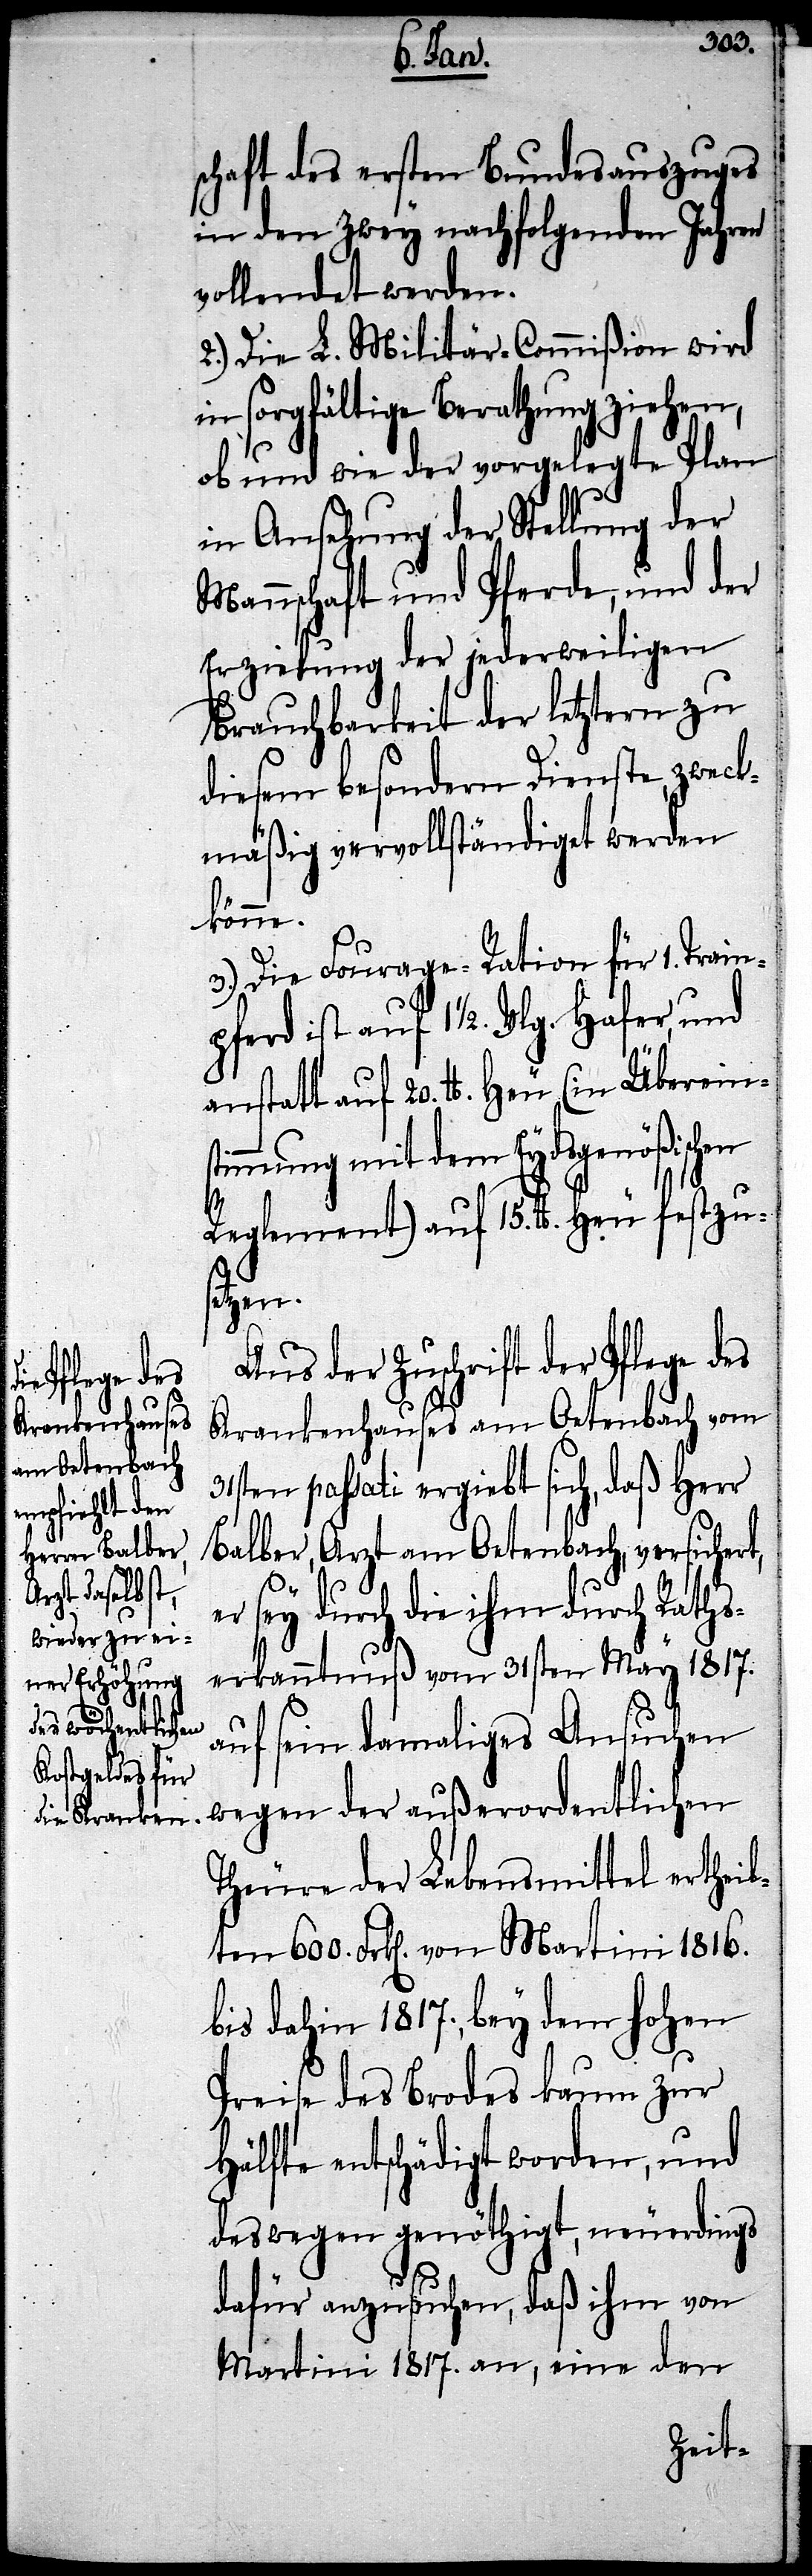
schaft des ersten Bundesausges
in den Zwey nachfolgenden Jahren
vollendet werden.
2.) Die L. Militär-Commißion wird
in sorgfältige Berathung ziehen,
ob und wie der vorgelegte Plan
in Ansehung der Stellung der
Mannschaft und Pferde, und der
Erziehung der jederweiligen
Brauchbarkeit der letztern zu
diesem besondern Dienste, zweck¬
mäßig vervollständiget werde
könne.
3.) Die Fourage-Ration für 1. Train¬
pferd ist auf 1 ½. Vlg. Hafer, und
anstatt auf 20. lb. Heu (in Übereins¬
timmung mit dem Eydsgenößischen
Reglement) auf 15. lb. Heu festzu¬
tzen.
Aus der Zuschrift der Pflege des
Krankenhauses am Oetenbach vom
31sten passati ergiebt sich, daß Herr
Balber, Arzt am Oetenbach, versichert,
er sey durch die ihm durch Raths¬
erkanntnuß vom 31sten May 1817.
auf sein damaliges Ansuchen
wegen der außerordentlichen
Theure der Lebensmittel ertheil¬
ten 600. Frk[en]. von Martini 1816.
bis dahin 1817. bey dem hohen
Preise des Brodes kaum zur
Hälfte entschädigt worden, und
deswegen genöthigt, neuerdings
dafür anzusuchen, daß ihm von
Martini 1817. an, eine den